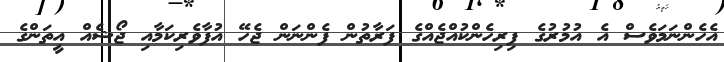
އެހެންނަމަވެސް އެ އުމުރުގެ ފިރިހެންކުއްޖެއްގެ ފަރާތުން ފެންނަން ޖެހޭ އުފާވެރިކަމާއި ޖޯޝެއް އީތަންގެ